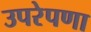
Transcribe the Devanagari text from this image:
उपरेपणा